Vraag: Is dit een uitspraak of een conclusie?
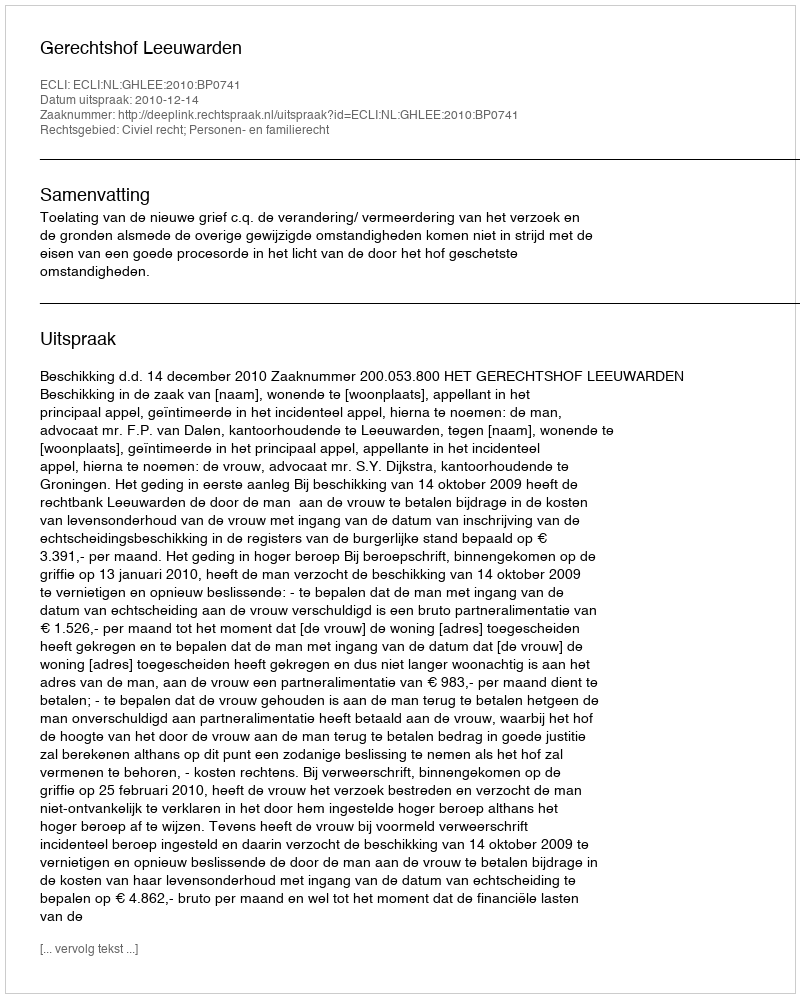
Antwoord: Uitspraak